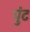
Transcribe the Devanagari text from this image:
पुंट